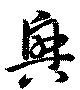
興